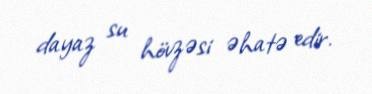
dayaz su hövzəsi əhatə edir.